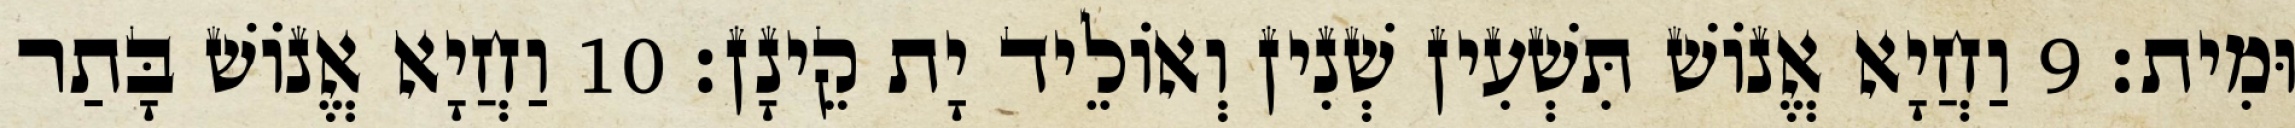
וּמִית׃ 9 וַחֲיָא אֱנוֹשׁ תִּשְׁעִין שְׁנִין וְאוֹלֵיד יָת קֵינָן׃ 10 וַחֲיָא אֱנוֹשׁ בָּתַר